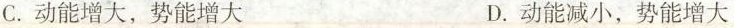
C.动能增大，势能增大 D.动能减小，势能增大